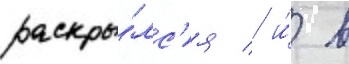
раскры́лс'я / и́ в